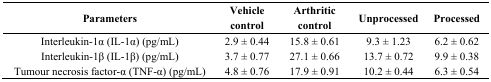
| Parameters | Vehicle control | Arthritic control | Unprocessed | Processed |
 | --- | --- | --- | --- | --- |
 | Interleukin-1α (IL-1α) (pg/mL) | 2.9 ± 0.44 | 15.8 ± 0.61 | 9.3 ± 1.23 | 6.2 ± 0.62 |
 | Interleukin-1β (IL-1β) (pg/mL) | 3.7 ± 0.77 | 27.1 ± 0.66 | 13.7 ± 0.72 | 9.9 ± 0.38 |
 | Tumour necrosis factor-α (TNF-α) (pg/mL) | 4.8 ± 0.76 | 17.9 ± 0.91 | 10.2 ± 0.44 | 6.3 ± 0.54 |